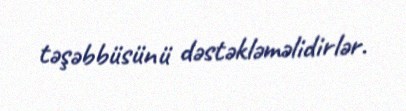
təşəbbüsünü dəstəkləməlidirlər.